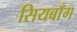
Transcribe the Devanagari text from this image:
सियबाँग